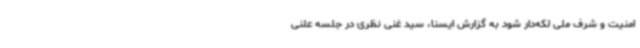
امنیت و شرف ملی لکه‌دار شود به گزارش ایسنا، سید غنی نظری در جلسه علنی